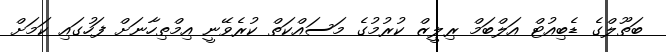
ބަތޫލްގެ ޑެބިއުޓް އަލްބަމް ރިލީޒް ކުރުމުގެ މަސައްކަތް ކުރެވޭނީ އިމްތިހާނަށް ފަހުގައި ކަމަށް